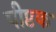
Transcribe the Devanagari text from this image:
पीप्टक